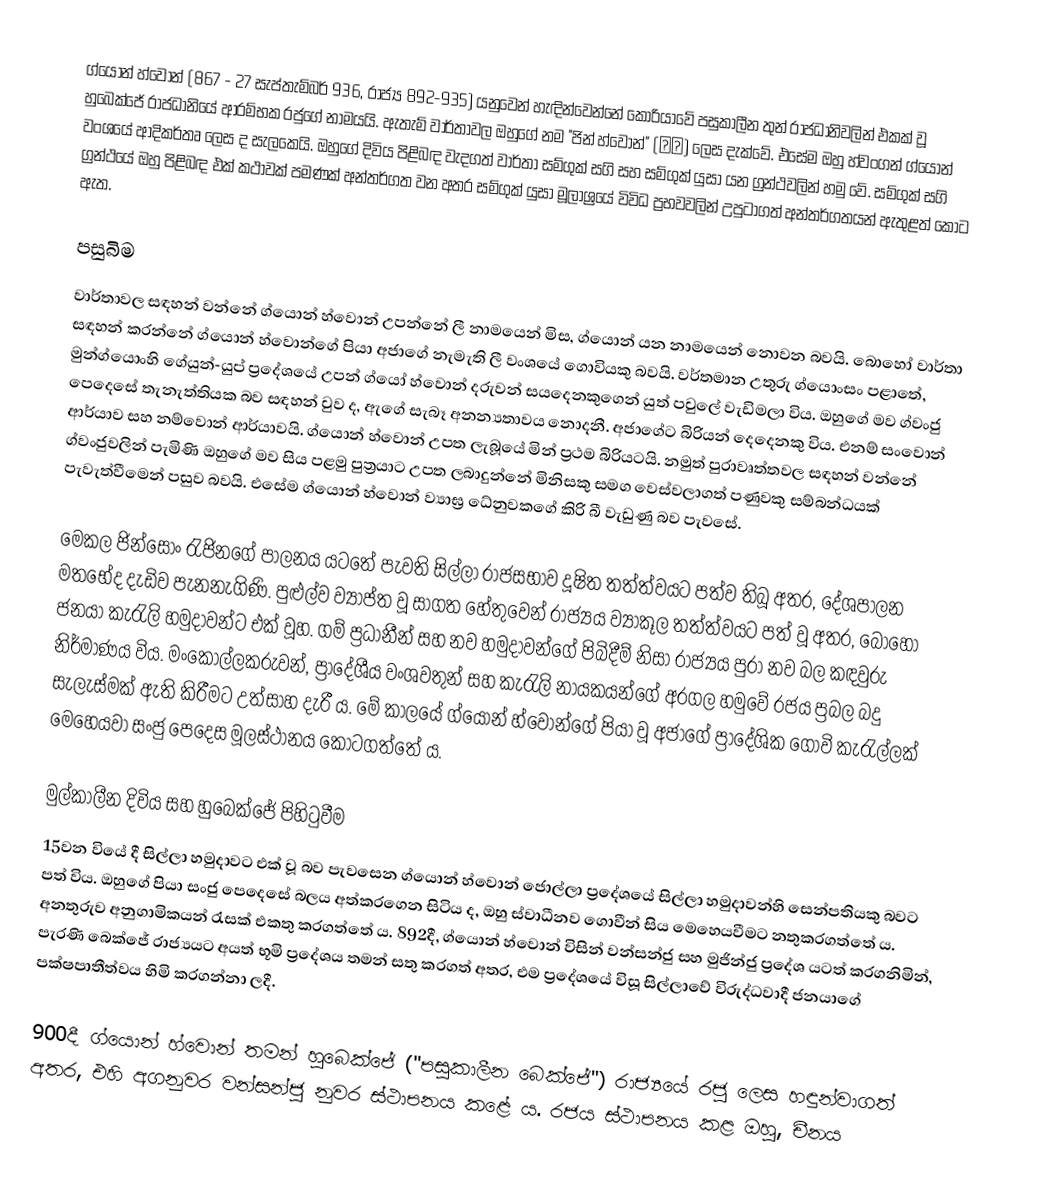
ග්යොන් හ්වොන් (867 - 27 සැප්තැම්බර් 936, රාජ්‍ය 892-935) යනුවෙන් හැඳින්වෙන්නේ කොරියාවේ පසුකාලීන තුන් රාජධානිවලින් එකක් වූ හුබෙක්ජේ රාජධානියේ ආරම්භක රජුගේ නාමයයි. ඇතැම් වාර්තාවල ඔහුගේ නම "ජින් හ්වොන්" (진훤) ලෙස දැක්වේ. එසේම ඔහු හ්වංගන් ‍ග්යොන් වංශයේ ආදිකර්තෘ ලෙස ද සැලකෙයි. ඔහුගේ දිවිය පිළිබඳ වැදගත් වාර්තා සම්ගුක් සගි සහ සම්ගුක් යුසා යන ග්‍රන්ථවලින් හමු වේ. සම්ගුක් සගි ග්‍රන්ථයේ ඔහු පිළිබඳ එක් කථාවක් පමණක් අන්තර්ගත වන අතර සම්ගුක් යුසා මූලාශ්‍රයේ විවිධ ප්‍රභවවලින් උපුටාගත් අන්තර්ගතයන් ඇතුළත් කොට ඇත.

පසුබිම
වාර්තාවල සඳහන් වන්නේ ග්යොන් හ්වොන් උපන්නේ ලී නාමයෙන් මිස, ග්යොන් යන නාමයෙන් නොවන බවයි. බොහෝ වාර්තා සඳහන් කරන්නේ ග්යොන් හ්වොන්ගේ පියා අජාගේ නැමැති ලී වංශයේ ගොවියකු බවයි. වර්තමාන උතුරු ග්යොංසං පළාතේ, මුන්ග්යොංහි ගේයුන්-යුප් ප්‍රදේශයේ උපන් ග්යෝ හ්වොන් දරුවන් සයදෙනකුගෙන් යුත් පවුලේ වැඩිමලා විය. ඔහුගේ මව ග්වංජු පෙදෙසේ තැනැත්තියක බව සඳහන් වුව ද, ඇගේ සැබෑ අනන්‍යතාවය නොදනී. අජාගේට බිරියන් දෙදෙනකු විය. එනම් සංවොන් ආර්යාව සහ නම්වොන් ආර්යාවයි. ග්යොන් හ්වොන් උපත ලැබූයේ මින් ප්‍රථම බිරියටයි. නමුත් පුරාවෘත්තවල සඳහන් වන්නේ ග්වංජුවලින් පැමිණි ඔහුගේ මව සිය පළමු පුත්‍රයාට උපත ලබාදුන්නේ මිනිසකු සමග වෙස්වලාගත් පණුවකු සම්බන්ධයක් පැවැත්වීමෙන් පසුව බවයි. එසේම ග්යොන් හ්වොන් ව්‍යාඝ්‍ර ධේනුවකගේ කිරි බී වැඩුණු බව පැවසේ.

මෙකල ජින්සොං රැජිනගේ පාලනය යටතේ පැවති සිල්ලා රාජසභාව දූෂිත තත්ත්වයට පත්ව තිබූ අතර, දේශපාලන මතභේද දැඩිව පැනනැගිණි. පුළුල්ව ව්‍යාප්ත වූ සාගත හේතුවෙන් රාජ්‍යය ව්‍යාකූල තත්ත්වයට පත් වූ අතර, බොහෝ ජනයා කැරැලි හමුදාවන්ට එක් වූහ. ගම් ප්‍රධානීන් සහ නව හමුදාවන්ගේ පිබිදීම් නිසා රාජ්‍යය පුරා නව බල කඳවුරු නිර්මාණය විය. මංකොල්ලකරුවන්, ප්‍රාදේශීය වංශවතුන් සහ කැරැලි නායකයන්ගේ අරගල හමුවේ රජය ප්‍රබල බදු සැලැස්මක් ඇති කිරීමට උත්සාහ දැරී ය. මේ කාලයේ ග්යොන් හ්වොන්ගේ පියා වූ අජාගේ ප්‍රාදේශික ගොවි කැරැල්ලක් මෙහෙයවා සංජු පෙදෙස මූලස්ථානය කොටගත්තේ ය.

මුල්කාලීන දිවිය සහ හුබෙක්ජේ පිහිටුවීම
15වන වියේ දී සිල්ලා හමුදාවට එක් වූ බව පැවසෙන ග්යොන් හ්වොන් ජොල්ලා ප්‍රදේශයේ සිල්ලා හමුදාවන්හි සෙන්පතියකු බවට පත් විය. ඔහුගේ පියා සංජු පෙදෙසේ බලය අත්කරගෙන සිටිය ද, ඔහු ස්වාධීනව ගොවීන් සිය මෙහෙයවීමට නතුකරගත්තේ ය. අනතුරුව අනුගාමිකයන් රැසක් එකතු කරගත්තේ ය. 892දී, ග්යොන් හ්වොන් විසින් වන්සන්ජු සහ මුජින්ජු ප්‍ර‍දේශ යටත් කරගනිමින්, පැරණි බෙක්ජේ රාජ්‍යයට අයත් භූමි ප්‍රදේශය තමන් සතු කරගත් අතර, එම ප්‍රදේශයේ විසූ සිල්ලාවේ විරුද්ධවාදී ජනයාගේ පක්ෂපාතීත්වය හිමි කරගන්නා ලදී.

900දී ග්යොන් හ්වොන් තමන් හුබෙක්ජේ ("පසුකාලීන බෙක්ජේ") රාජ්‍යයේ රජු ලෙස හඳුන්වාගත් අතර, එහි අගනුවර වන්සන්ජු නුවර ස්ථාපනය කළේ ය. රජය ස්ථාපනය කළ ඔහු, චීනය